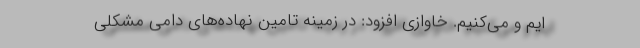
ایم و می‌کنیم. خاوازی افزود: در زمینه تامین نهاده‌های دامی مشکلی